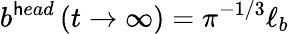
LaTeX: b^{\mathsf{h}ead}\left(t\to\infty\right)=\pi^{-1/3}\ell_{b}